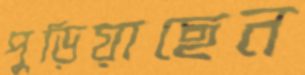
পুড়িয়াছেন